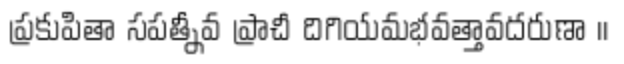
ప్రకుపితా సపత్నీవ ప్రాచీ దిగియమభవత్తావదరుణా ।।